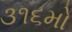
૩૧૬મો